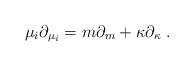
\begin{align*}\mu_i\partial_{\mu_i} = m\partial_m + \kappa \partial_\kappa \ .\end{align*}